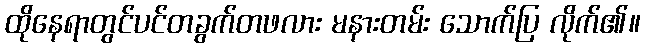
ထိုနေရာတွင်ပင်တခွက်တဖလား မနားတမ်း သောက်ပြ လိုက်၏။